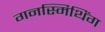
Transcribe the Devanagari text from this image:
गनस्मिथिंग